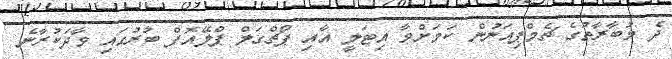
ދެ މުބާރާތުގެ ޗެމްޕިއަނުން ކަމަށްވާ އިޓަލީ އާއި ޕޯޗްގަލް ޕްލޭއޮފް ބުރުގައި ވާދަކުރާނެ